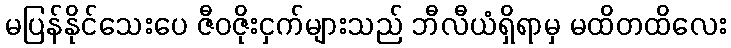
မပြန်နိုင်သေးပေ ဇီဝဇိုးငှက်များသည် ဘီလီယံရှိရာမှ မထိတထိလေး